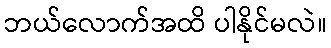
ဘယ်လောက်အထိ ပါနိုင်မလဲ။